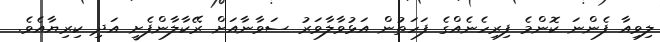
ލިވިއާ ފެންނަ ކޮންމެ ފިރިހެނެއްގެ ފަހަތުން އަޅުވާލާވަރު ސަވާނާއަށް ރޭކާލާންފެށީ އަދި ކިރިޔާއެވެ.